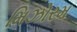
મિઝોરમ